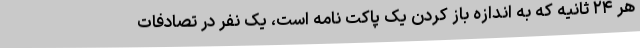
هر ۲۴ ثانیه که به اندازه باز کردن یک پاکت نامه است، یک نفر در تصادفات